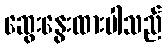
ဆွေးနွေးထားပါသည်